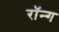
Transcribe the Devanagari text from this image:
रॉन्ग